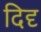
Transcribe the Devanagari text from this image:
दिदृ